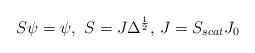
LaTeX: \begin{align*}S\psi =\psi ,\,\,S=J\Delta ^{\frac{1}{2}},\,J=S_{scat}J_{0} \end{align*}